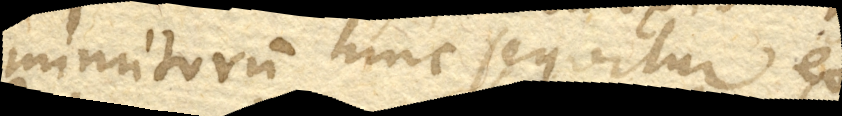
minutorum hinc sequitur ex